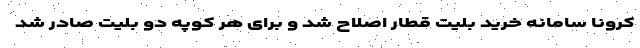
کرونا سامانه خرید بلیت قطار اصلاح شد و برای هر کوپه دو بلیت صادر شد